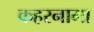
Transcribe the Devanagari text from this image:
कहरनामा